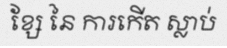
ខ្សែ នៃ ការកើត ស្លាប់